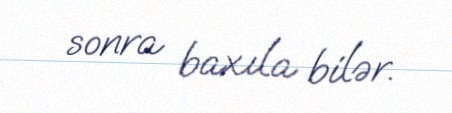
sonra baxıla bilər.